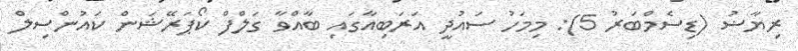
ރިޔާޟު (ޑިސެމްބަރު 5): މިމަހު ސައުދީ އަރަބިއާގައި ބާއްވާ ގަލްފް ކޯޕަރޭޝަން ކައުންސިލް